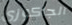
الجاكوزي